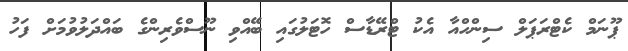
ޕޫނަމް ކެޓްރަޕަލް ސިންހްއާ އެކު ޓްރޭޑާސް ހޮޓަލުގައި ބޭއްވި ނޫސްވެރިންގެ ބައްދަލުވުމަށް ފަހު